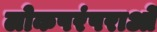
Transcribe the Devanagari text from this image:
लोकपरंपराओं